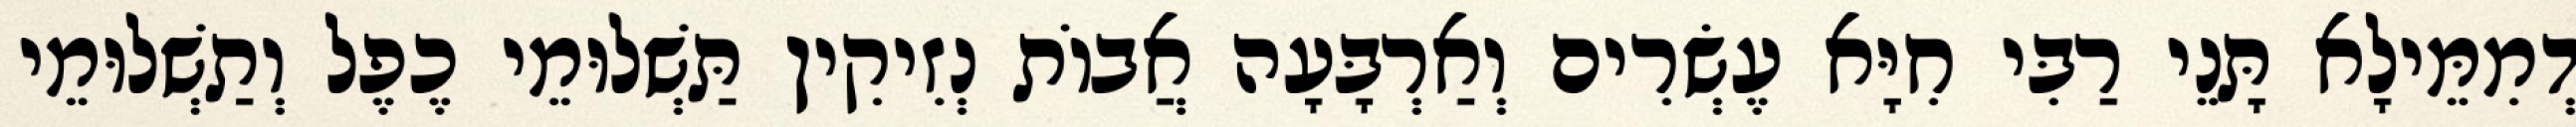
דְמִמֵּילָא תָּנֵי רַבִּי חִיָּא עֶשְׂרִים וְאַרְבָּעָה אֲבוֹת נְזִיקִין תַּשְׁלוּמֵי כֶפֶל וְתַשְׁלוּמֵי